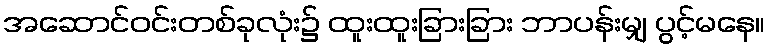
အဆောင်ဝင်းတစ်ခုလုံး၌ ထူးထူးခြားခြား ဘာပန်းမျှ ပွင့်မနေ။